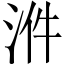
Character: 𣴓